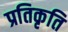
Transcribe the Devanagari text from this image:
प्रतिकृति